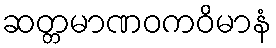
ဆတ္တမာဏဝကဝိမာနံ